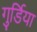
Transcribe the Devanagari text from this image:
गुर्डिया